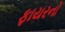
ફાયરનો